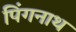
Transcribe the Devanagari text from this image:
पिंगनाथ